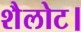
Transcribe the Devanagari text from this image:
शैलोट।